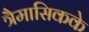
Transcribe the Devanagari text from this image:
त्रैमासिकके